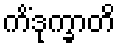
ကိံဒုက္ခာတိ